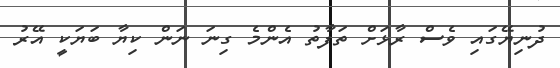
ދުނިޔޭގައި ވެސް ރާޅަށް ތަފާތު އެންމެ ގިނަ ނަން ކިޔާ ބަޔަކީ އޭރު